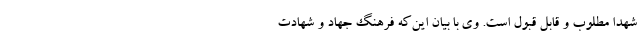
شهدا مطلوب و قابل قبول است. وی با بیان این‌که فرهنگ جهاد و شهادت